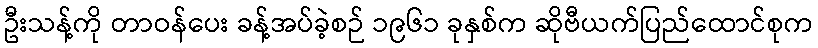
ဦးသန့်ကို တာဝန်ပေး ခန့်အပ်ခဲ့စဉ် ၁၉၆၁ ခုနှစ်က ဆိုဗီယက်ပြည်ထောင်စုက